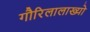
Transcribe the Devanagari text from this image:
गौरिलालाख्यो